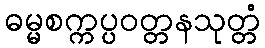
ဓမ္မစက္ကပ္ပဝတ္တနသုတ္တံ